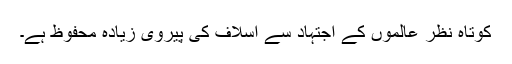
کوتاہ نظر عالموں کے اجتہاد سے اسلاف کی پیروی زیادہ محفوظ ہے۔